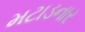
મટાડનાર